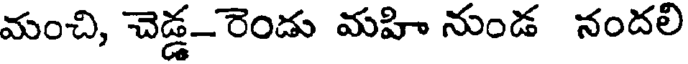
మంచి, చెడ్డ-రెండు మహి నుండ నందలి